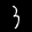
Label: 3